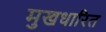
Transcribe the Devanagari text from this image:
मुखधारित